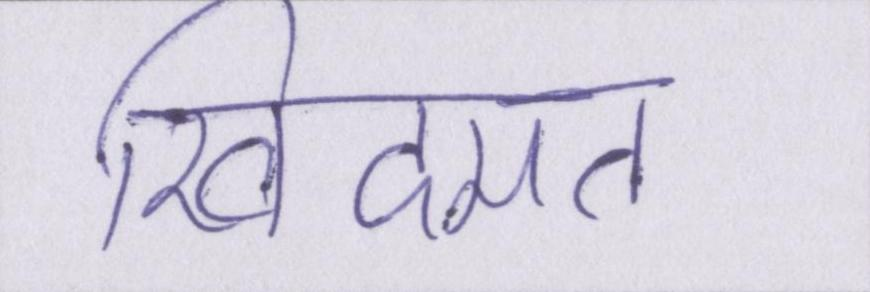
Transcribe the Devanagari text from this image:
खिदमत